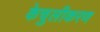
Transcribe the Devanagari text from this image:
केचुलीकरण